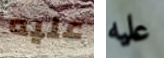
عليه عليه